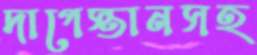
দাগেস্তানসহ